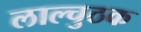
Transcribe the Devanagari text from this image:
लाल्चुठक